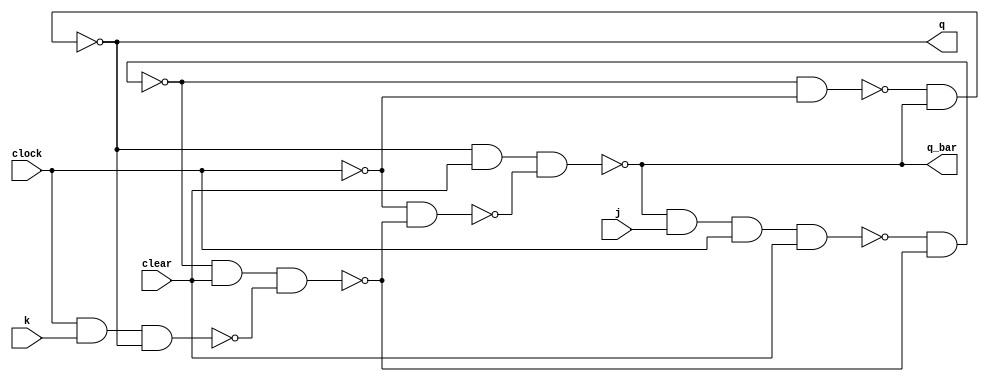
module jk_flipflop(q, q_bar, j, k, clock, clear);
    input j, k, clock, clear;
    output q, q_bar;

    wire cbar, a, b, y, ybar, c, d;

    not(cbar, clock);
    nand(a, q_bar, j, clock, clear);
    nand(b, clock, k, q);
    nand(y, a, ybar);
    nand(ybar, y, clear, b);
    nand(c, y, cbar);
    nand(d, cbar, ybar);
    nand(q, c, q_bar);
    nand(q_bar, q, clear, d);
endmodule

module up_down_counter(q, clock, clear, updown);
    input clock, clear, updown;
    output [2:0] q;

    wire updown_bar;
    wire [2:0] q_bar;
    wire and_not_updown_q12;
    wire and_updown_q12;
    wire [2:0] j;
    wire [2:0] k;

    not(updown_bar, updown);
    and(and_not_updown_q01, updown_bar, q_bar[0], q_bar[1]);
    and(and_updown_q01, updown, q[0], q[1]);
    or(j[2], and_not_updown_q01, and_updown_q01);

    and(k[2], j[2], 1);

    xnor(j[1], updown, q[0]);
    
    and(k[1], j[1], 1);

    or(j[0], 1, 1);

    or(k[0], 1, 1);

    jk_flipflop jk0(q[0], q_bar[0], j[0], k[0], clock, clear);
    jk_flipflop jk1(q[1], q_bar[1], j[1], k[1], clock, clear);
    jk_flipflop jk2(q[2], q_bar[2], j[2], k[2], clock, clear);
endmodule